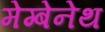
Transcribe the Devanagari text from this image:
मेग्बेनेथ